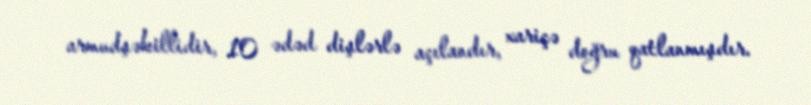
armudşəkillidir, 10 ədəd dişlərlə açılandır, xariçə doğru qatlanmışdır.